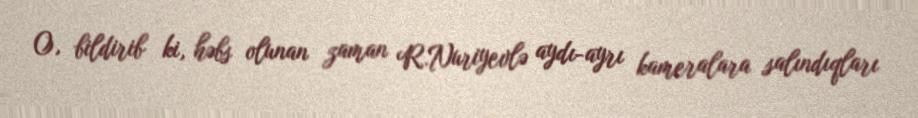
O, bildirib ki, həbs olunan zaman R.Nuriyevlə aydı-ayrı kameralara salındıqları